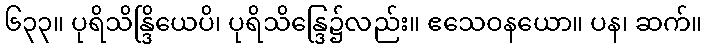
၆၃၃။ ပုရိသိန္ဒြိယေပိ၊ ပုရိသိန္ဒြေ၌လည်း။ ဧသေဝနယော။ ပန၊ ဆက်။